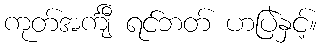
ကုတ်အင်္ကျီ ရင်ဘတ် ဟပြဲနှင့်။